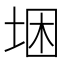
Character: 𱖮